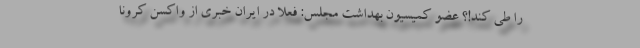
را طی کند!؟ عضو کمیسیون بهداشت مجلس: فعلا در ایران خبری از واکسن کرونا